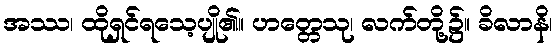
အဿ၊ ထိုရှင်ရသေ့ပျို၏။ ဟတ္တေသု၊ လက်တို့၌။ ခိလာနိ၊